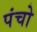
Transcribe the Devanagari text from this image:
पंचो